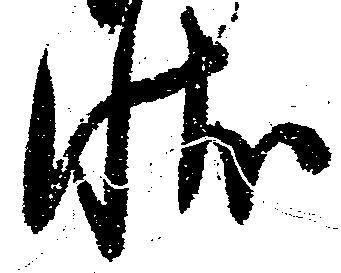
状